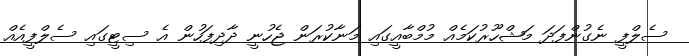
ސެލްފީ ނެގުންފަދަ މަޝްހޫރުކަމެއް މުމްބާއީގައި މަނާކުރަން ޖެހުނީ ދާދިފަހުން އެ ސިޓީގައި ސެލްފީއެއް